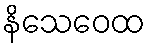
နိသေဝေထ